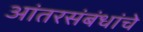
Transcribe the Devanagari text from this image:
आंतरसंबंधांचे